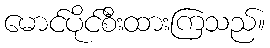
မောင်ပိုင်စီးထားကြသည်။